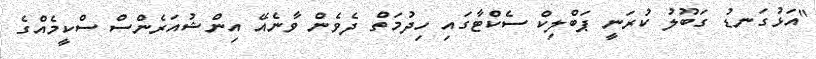
"އަޅުގަނޑު ގަބޫލު ކުރަނީ ޕަބްލިކް ސެކްޓާގައި ހިދުމަތް ދެވެން ވާނެއޭ އިންޝުއަރެންސް ސްކީމެއްގެ